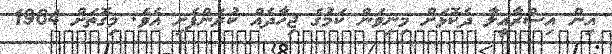
އިން އިސްރާއީލާ ދެކޮޅަށް މިނިވަން ކަމުގެ ޖިހާދެއް ކުރަންފެށި އެވެ. މިގޮތަށް 1964